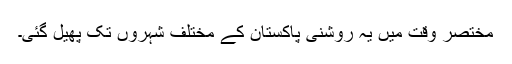
مختصر وقت میں یہ روشنی پاکستان کے مختلف شہروں تک پھیل گئی۔